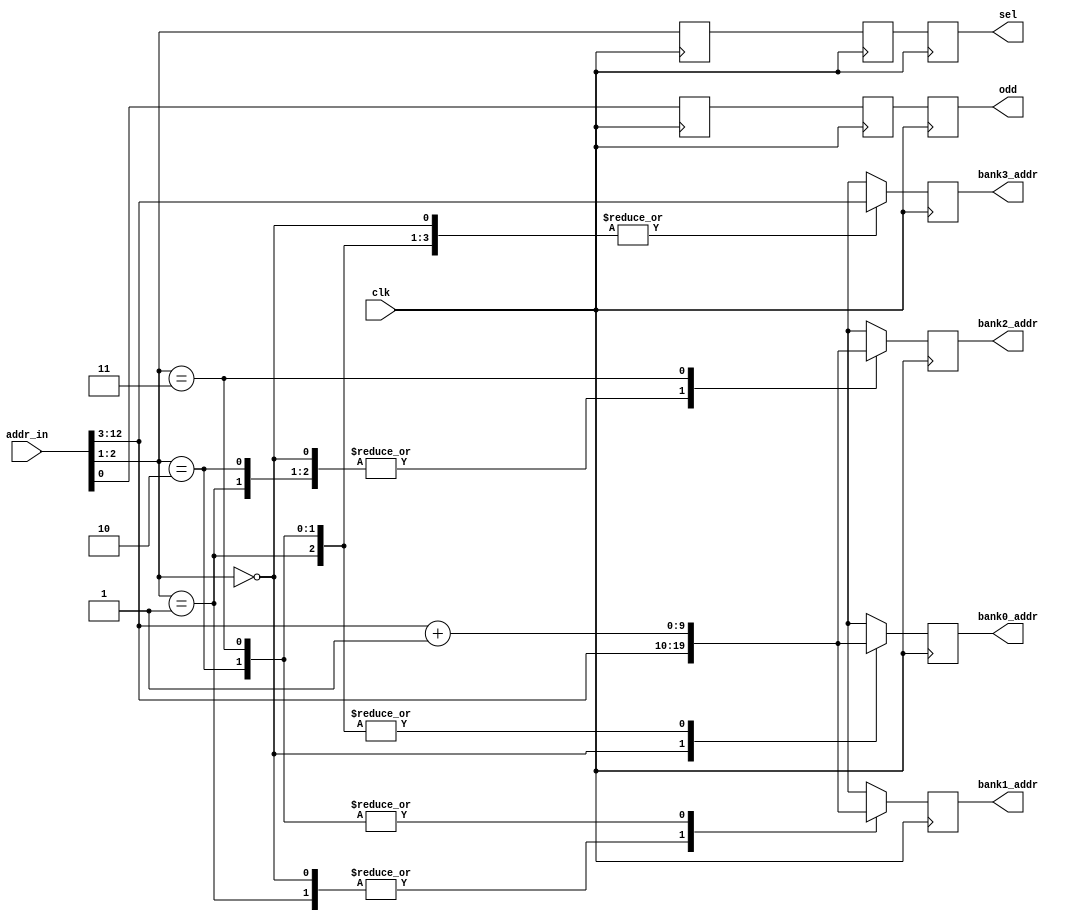
module addrdecode(
	clk,
	addr_in,
	bank0_addr,
	bank1_addr,
	bank2_addr,
	bank3_addr,
	sel,
	odd
);
	
input  clk;
input  [12:0]addr_in;
output [9:0]bank0_addr;
output [9:0]bank1_addr;
output [9:0]bank2_addr;
output [9:0]bank3_addr;
output [1:0]sel;
output odd;

reg [9:0] bank0_addr;
reg [9:0] bank1_addr;
reg [9:0] bank2_addr;
reg [9:0] bank3_addr;
reg [1:0] sel_dlya;
reg [1:0] sel_dlyb;
reg [1:0] sel;
reg odd_dlya;
reg odd_dlyb;
reg odd;

wire [9:0] addr = addr_in[12:3];
wire [9:0] addr_pone = addr_in[12:3] + 1;

// We delay odd and sel by 2 cycle to account for:
//   (1) cycle of address decode time.
//   (1) cycle of memory access time.
always@(posedge clk) begin
  odd_dlya <= addr_in[0];
  sel_dlya <= addr_in[2:1];
  end

always@(posedge clk) begin
  odd_dlyb <= odd_dlya;
  sel_dlyb <= sel_dlya;
  end
  
always@(posedge clk) begin
  odd <= odd_dlyb;
  sel <= sel_dlyb;
  end

 
// Decode the address.
always@(posedge clk) begin
  case(addr_in[2:1])
    2'b00: begin
      bank0_addr <= addr;
      bank1_addr <= addr;
      bank2_addr <= addr;
      bank3_addr <= addr;
      end
    2'b01: begin
      bank0_addr <= addr_pone;
      bank1_addr <= addr;
      bank2_addr <= addr;
      bank3_addr <= addr;
      end
    2'b10: begin
      bank0_addr <= addr_pone;
      bank1_addr <= addr_pone;
      bank2_addr <= addr;
      bank3_addr <= addr;
      end
    2'b11: begin
      bank0_addr <= addr_pone;
      bank1_addr <= addr_pone;
      bank2_addr <= addr_pone;
      bank3_addr <= addr;
      end
    endcase
  end
  
endmodule